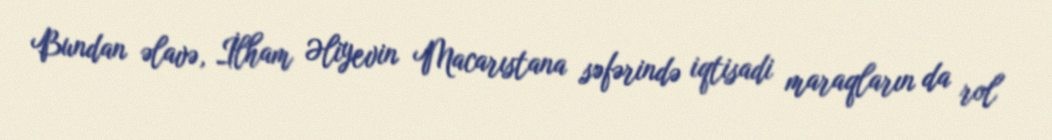
Bundan əlavə, İlham Əliyevin Macarıstana səfərində iqtisadi maraqların da rol